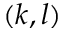
( k , l )